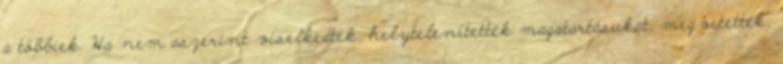
a többiek. Ha nem aszerint viselkedtek, helytelenítették magatartásukat, megvetették,